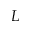
L